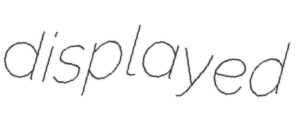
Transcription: displayed